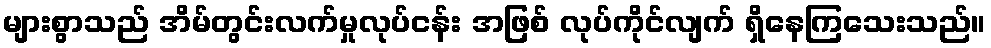
များစွာသည် အိမ်တွင်းလက်မှုလုပ်ငန်း အဖြစ် လုပ်ကိုင်လျက် ရှိနေကြသေးသည်။